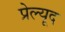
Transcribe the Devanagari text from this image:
प्रेल्यूद